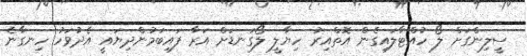
ސީލިންގަށް ލޯ ހުއްޓާލައިގެން އޮތްއިރު ހިޔާލީ ލޯގަނޑަށް އަރާ ފައިބަމުންދިޔައީ އެދުވަހު ހިނގާނެ